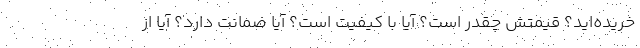
خریده‌اید؟ قیمتش چقدر است؟ آیا با کیفیت است؟ آیا ضمانت دارد؟ آیا از